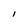
Character: I